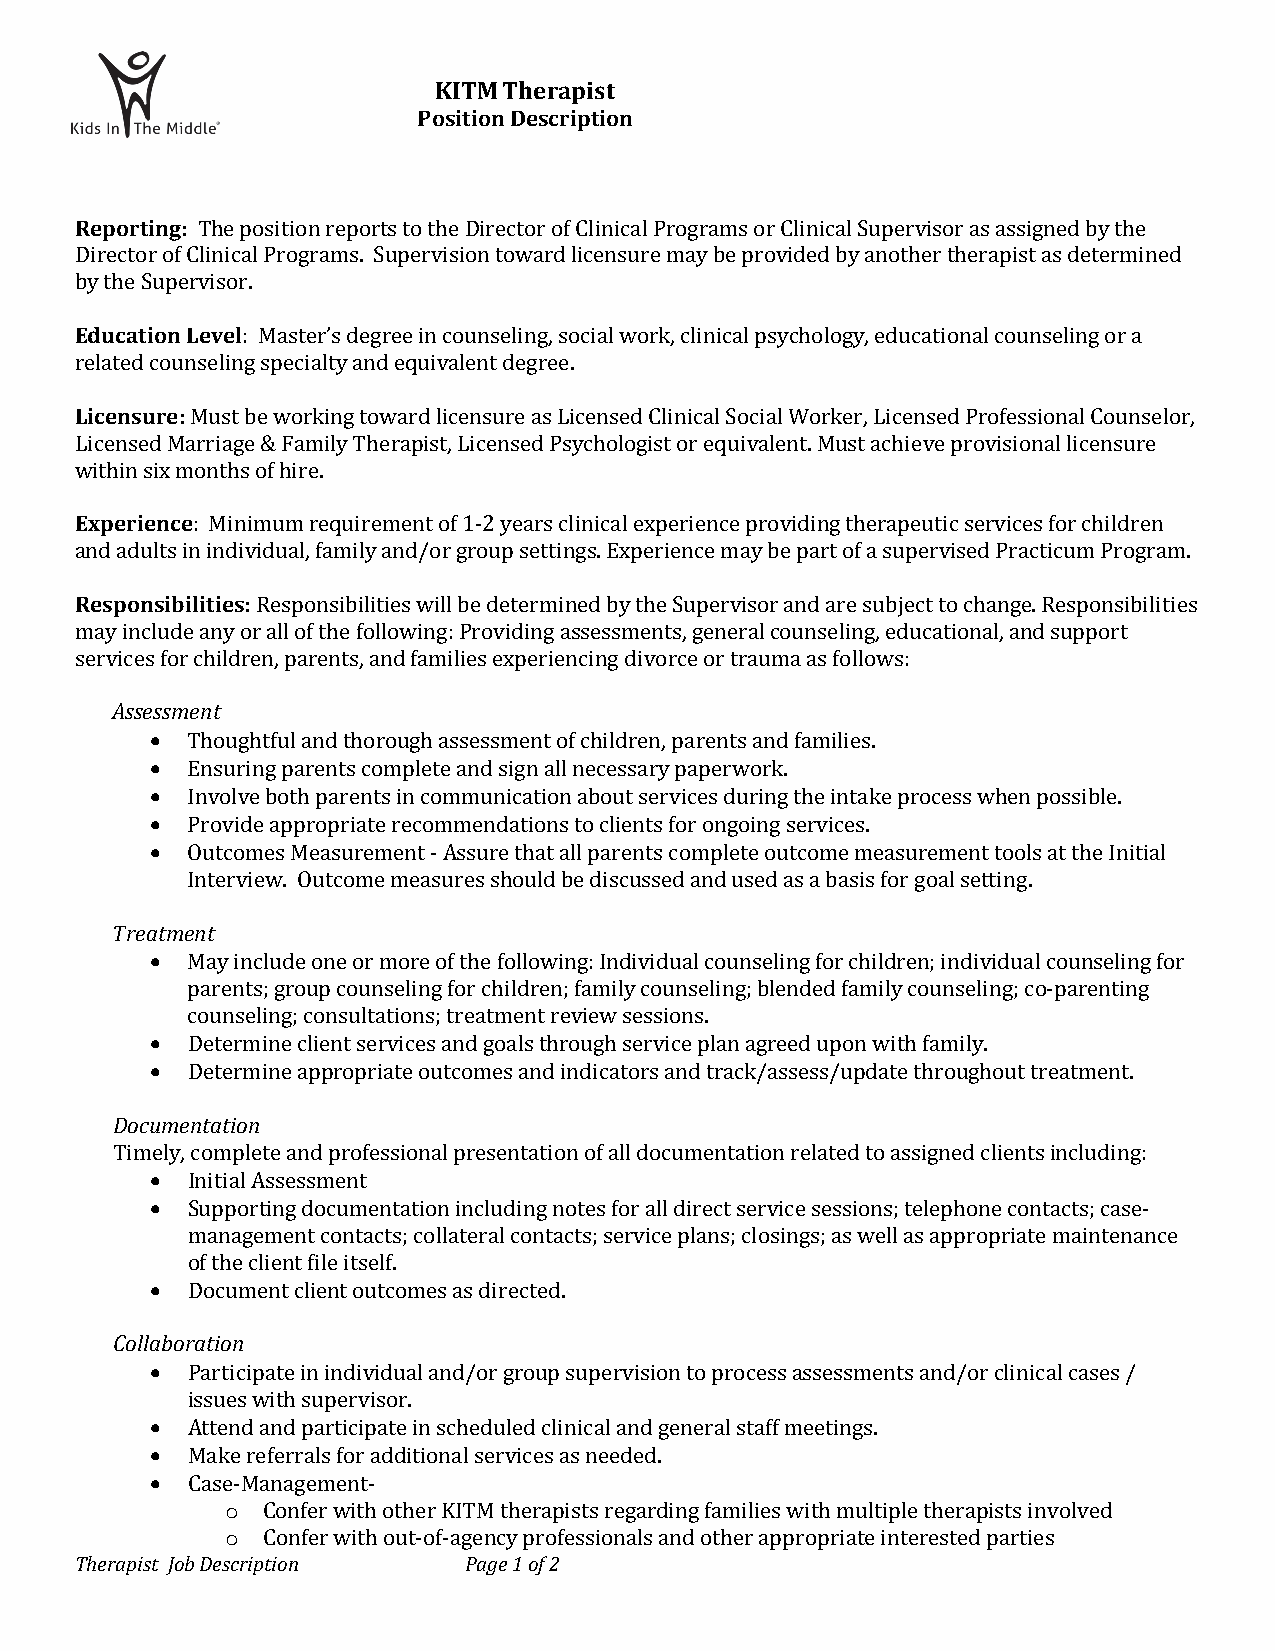
KITM Therapist
 Position Description
 Reporting:
 The po sitionreports to the Director of Clinical Programs or Clinical Supervisor as assigned by the
 Director of Clinical Programs. Supervision toward licensure may be provided by another therapist as determined
 bEyd uthcea tSiuopne Lrveivseolr.
 : Master’s degree in counseling, social work, clinical psychology, educational counseling or a
 Lreiclaetnesdu croeu:n seling specialty and equivalent degree.
 Must be working toward licensure as Licensed Clinical Social Worker, Licensed Professional Counselor,
 Licensed Marriage & Family Therapist, Licensed Psychologist or equivalent. Must achieve provisional licensure
 wExitpheirni seinxc meonths of hire.
 : Minimum requirement of 1-2 years clinical experience providing therapeutic services for children
 aRneds paodnulstisb iinli tiniedsi:vidual, family and/or group settings. Experience may be part of a supervised Practicum Program.
 Responsibilities will be determined by the Supervisor and are subject to change. Responsibilities
 may include any or all of the following: Providing assessments, general counseling, educational, and support
 servAicsesess fsomr ecnhtildren, parents, and families experiencing divorce or trauma as follows:
 •
 •
 • Thoughtful and thorough assessment of children, parents and families.
 • Ensuring parents complete and sign all necessary paperwork.
 • Involve both parents in communication about services during the intake process when possible.
 Provide appropriate recommendations to clients for ongoing services.
 Outcomes Measurement - Assure that all parents complete outcome measurement tools at the Initial
 TreatmeInntt erview. Outcome measures should be discussed and used as a basis for goal setting.
 •
 May include one or more of the following: Individual c ounseling for children; individual counseling for
 • parents; group counseling for children; family counseling; blended family counseli ng; co-parenting
 • counseling; consultations; treatment review sessions.
 Determine client services and goals through service plan agreed upon with family.
 DocumeDnteatetiromn i ne appropriate outcomes and indicators and track/assess/update throughout treatment.
 •
 Tim•e ly, complete and professional presentation of all documentation related to assigned clients including:
 Initial Assessment
 Supporting documentation including notes for all direct service sessions; telephone contacts; case-
 • management contacts; collateral contacts; service plans; closings; as well as appropriate maintenance
 of the client file itself.
 CollaborDaoticounm ent client outcomes as directed.
 •
 • Participate in individual and/or group supervision to process assessments and/or clinical cases /
 • issues with supervisor.
 • Attend and participate in scheduled clinical and general staff meetings.
 Make referrals for additional services as needed.
 o
 Case- Management-
 o
 Therapist Job DescripCtioonn f e r w i t h o t h e r K I TPaMg et h1e orfa 2p ists regarding families with multiple thera pists involved
 Confer with out-of-agency professionals and other appropriate interested parties